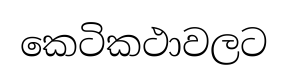
කෙටිකථාවලට